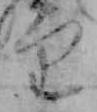
り